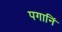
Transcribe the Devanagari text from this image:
पगानिं